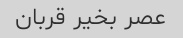
عصر بخیر قربان